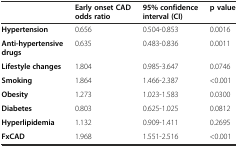
|  | Early onset CAD odds ratio | 95% confidence interval (CI) | p value |
 | --- | --- | --- | --- |
 | Hypertension | 0.656 | 0.504-0.853 | 0.0016 |
 | Anti-hypertensive drugs | 0.635 | 0.483-0.836 | 0.0011 |
 | Lifestyle changes | 1.804 | 0.985-3.647 | 0.0746 |
 | Smoking | 1.864 | 1.466-2.387 | <0.001 |
 | Obesity | 1.273 | 1.023-1.583 | 0.0300 |
 | Diabetes | 0.803 | 0.625-1.025 | 0.0812 |
 | Hyperlipidemia | 1.132 | 0.909-1.411 | 0.2695 |
 | FxCAD | 1.968 | 1.551-2.516 | <0.001 |